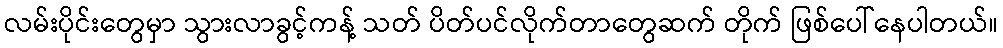
လမ်းပိုင်းတွေမှာ သွားလာခွင့်ကန့် သတ် ပိတ်ပင်လိုက်တာတွေဆက် တိုက် ဖြစ်ပေါ်နေပါတယ်။